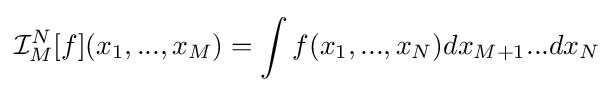
{\mathcal {I}}_{M}^{N}[f](x_{1},...,x_{M})=\int {f(x_{1},...,x_{N})dx_{M+1}...dx_{N}}